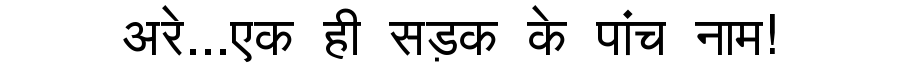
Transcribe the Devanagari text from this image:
अरे...एक ही सड़क के पांच नाम!